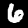
Label: 6